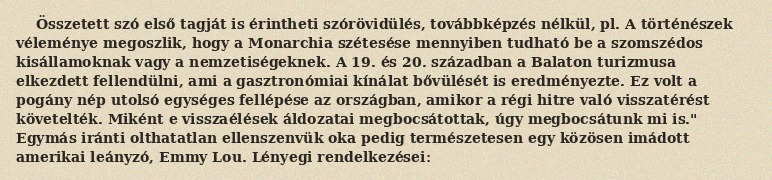
Összetett szó első tagját is érintheti szórövidülés, továbbképzés nélkül, pl. A történészek véleménye megoszlik, hogy a Monarchia szétesése mennyiben tudható be a szomszédos kisállamoknak vagy a nemzetiségeknek. A 19. és 20. században a Balaton turizmusa elkezdett fellendülni, ami a gasztronómiai kínálat bővülését is eredményezte. Ez volt a pogány nép utolsó egységes fellépése az országban, amikor a régi hitre való visszatérést követelték. Miként e visszaélések áldozatai megbocsátottak, úgy megbocsátunk mi is." Egymás iránti olthatatlan ellenszenvük oka pedig természetesen egy közösen imádott amerikai leányzó, Emmy Lou. Lényegi rendelkezései: